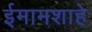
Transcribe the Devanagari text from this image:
ईमामशाहे